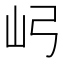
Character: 𫝳